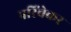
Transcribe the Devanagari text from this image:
परिंचेकर